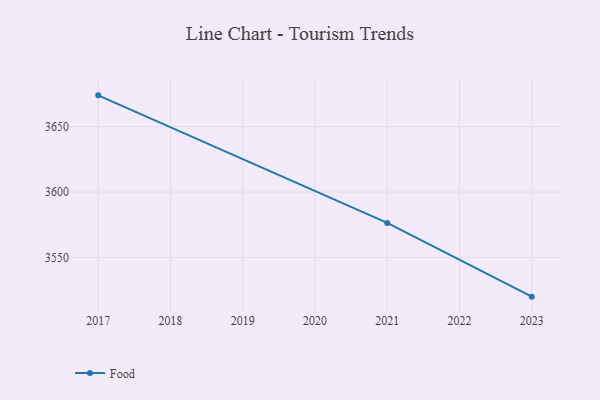
{"axis": {"x": "Year", "y": "Satisfaction Score"}, "legend": ["Food"], "data": [{"x": "2017", "y": 3673.9, "type": "Food"}, {"x": "2021", "y": 3576.4, "type": "Food"}, {"x": "2023", "y": 3520.0, "type": "Food"}]}